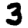
Digit: 3